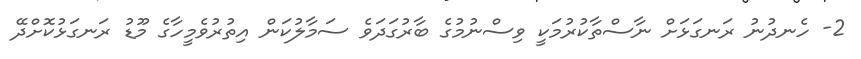
2- ހެނދުނު ރަނގަޅަށް ނާސްތާކުރުމަކީ ވިސްނުމުގެ ބާރުގަދަވެ ސަމާލުކަން އިތުރުވެމީހާގެ މޫޑު ރަނގަޅުކޮށްދޭ